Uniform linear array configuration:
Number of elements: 4
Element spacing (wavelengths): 0.75
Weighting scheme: blackman
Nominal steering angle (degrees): -15
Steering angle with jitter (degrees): -14.502
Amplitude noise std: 0.05
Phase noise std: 0.05

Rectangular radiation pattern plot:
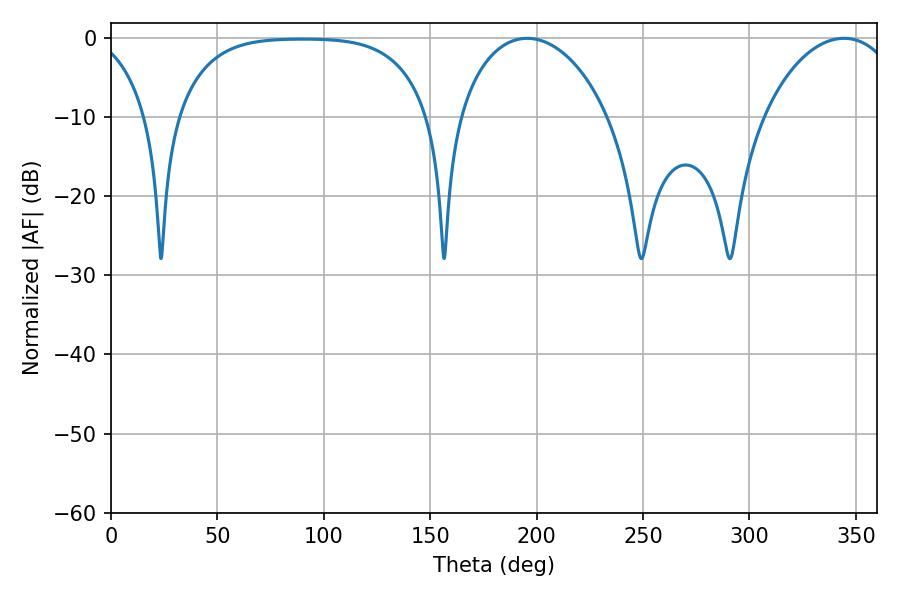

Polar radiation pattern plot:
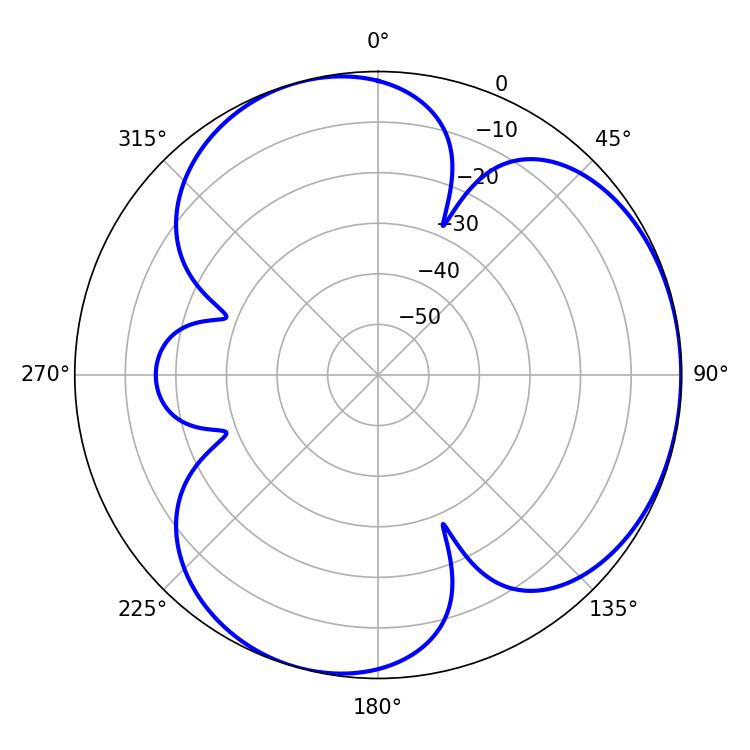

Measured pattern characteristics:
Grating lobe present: TRUE
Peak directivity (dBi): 3.757
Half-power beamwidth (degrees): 40.5
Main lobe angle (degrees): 195.48